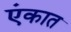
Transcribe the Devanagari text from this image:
एंकात